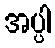
အပ္ပါ